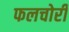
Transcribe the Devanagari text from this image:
फलचोरी